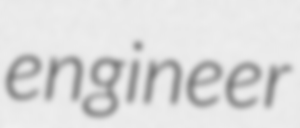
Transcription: engineer